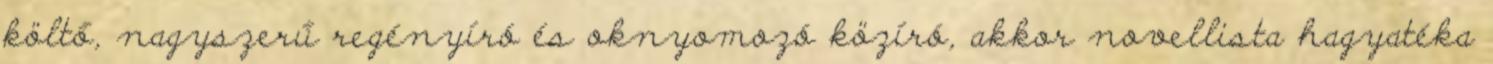
költő, nagyszerű regényíró és oknyomozó közíró, akkor novellista hagyatéka